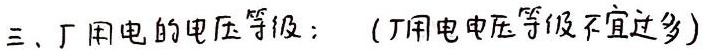
三、厂用电的电压等级：（厂用电电压等级不宜过多）